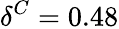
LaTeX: \delta^{C}=0.48